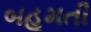
બહૂમતી